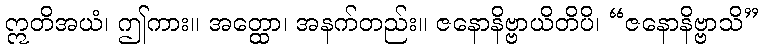
ဣတိအယံ၊ ဤကား။ အတ္ထော၊ အနက်တည်း။ ဇနောနိဗ္ဗာယိတိပိ၊ “ဇနောနိဗ္ဗာသိ”